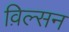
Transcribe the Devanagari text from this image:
व़िल्सन